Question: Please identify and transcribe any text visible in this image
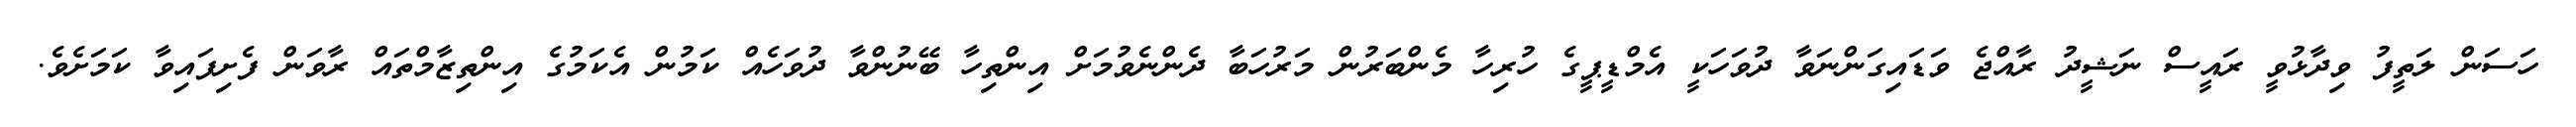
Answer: ހަސަން ލަތީފު ވިދާޅުވީ ރައީސް ނަޝީދު ރާއްޖެ ވަޑައިގަންނަވާ ދުވަހަކީ އެމްޑީޕީގެ ހުރިހާ މެންބަރުން މަރުހަބާ ދެންނެވުމަށް އިންތިހާ ބޭނުންވާ ދުވަހެއް ކަމުން އެކަމުގެ އިންތިޒާމްތައް ރާވަން ފެށިފައިވާ ކަމަށެވެ.